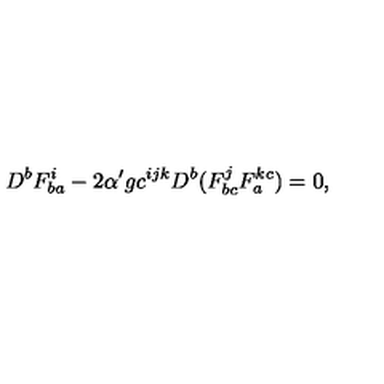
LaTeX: D ^ { b } F _ { b a } ^ { i } - 2 \alpha ^ { \prime } g c ^ { i j k } D ^ { b } ( F _ { b c } ^ { j } F _ { a } ^ { k c } ) = 0 ,